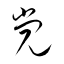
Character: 党